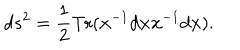
d s ^ { 2 } = { \frac { 1 } { 2 } } \mathrm { T r } ( { \bf x } ^ { - 1 } d { \bf x } { \bf x } ^ { - 1 } d { \bf x } ) .